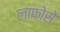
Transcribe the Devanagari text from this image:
लाफोसे